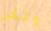
ولكن